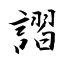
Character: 謵